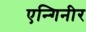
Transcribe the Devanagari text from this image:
एन्गिनीर